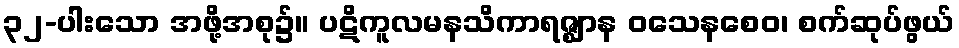
၃၂-ပါးသော အဖို့အစု၌။ ပဋိကူလမနသိကာရဇ္ဈာန ဝသေနစေဝ၊ စက်ဆုပ်ဖွယ်